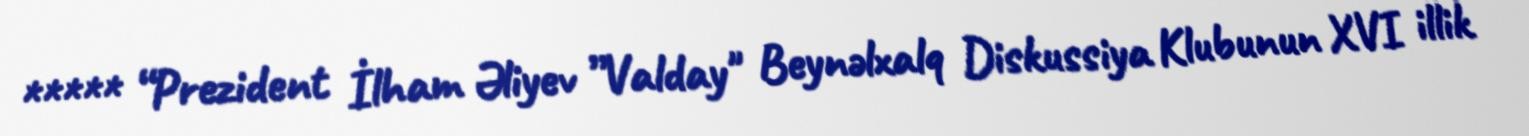
***** “Prezident İlham Əliyev ”Valday" Beynəlxalq Diskussiya Klubunun XVI illik